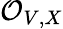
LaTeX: {\mathcal{O}}_{V,X}